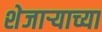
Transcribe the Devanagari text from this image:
शेजार्‍याच्या